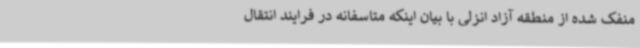
منفک شده از منطقه آزاد انزلی با بیان اینکه متاسفانه در فرایند انتقال